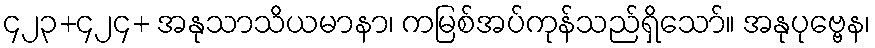
၄၂၃+၄၂၄+ အနုသာသိယမာနာ၊ ကမြစ်အပ်ကုန်သည်ရှိသော်။ အနုပုဗ္ဗေန၊